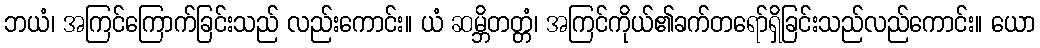
ဘယံ၊ အကြင်ကြောက်ခြင်းသည် လည်းကောင်း။ ယံ ဆမ္ဘိတတ္တံ၊ အကြင်ကိုယ်၏ခက်တရော်ရှိခြင်းသည်လည်ကောင်း။ ယော